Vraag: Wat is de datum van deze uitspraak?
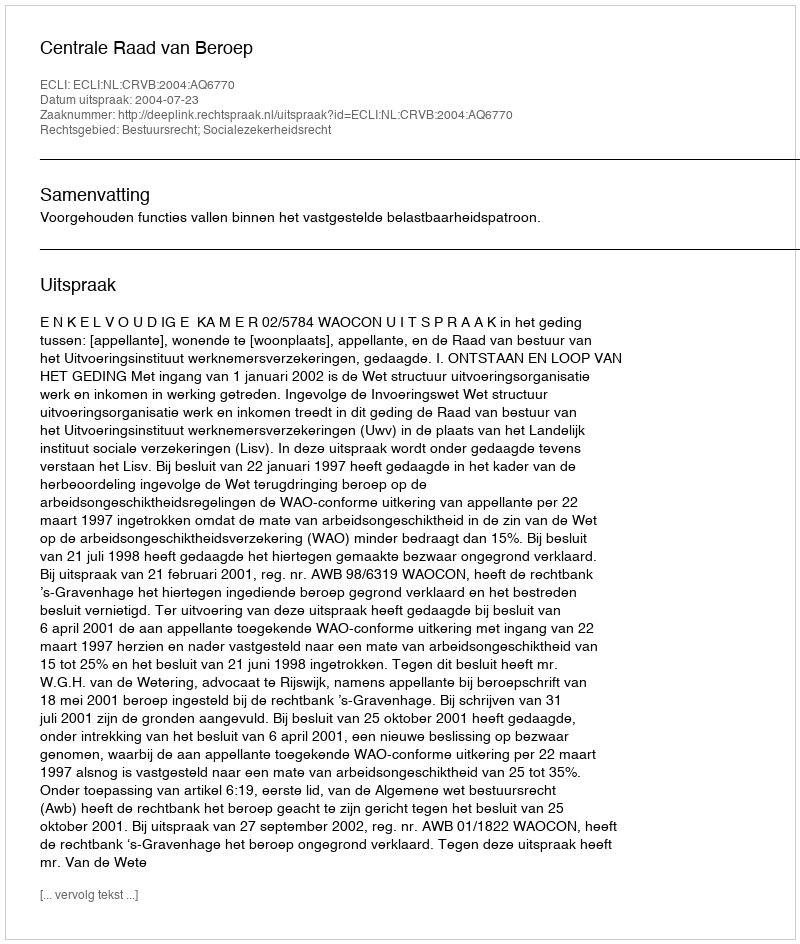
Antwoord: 2004-07-23